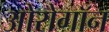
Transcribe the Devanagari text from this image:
ओरोगॉन